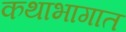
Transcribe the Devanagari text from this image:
कथाभागात